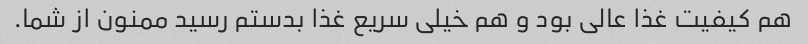
هم کیفیت غذا عالی بود و هم خیلی سریع غذا بدستم رسید ممنون از شما.